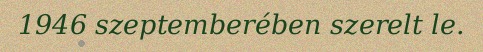
1946 szeptemberében szerelt le.